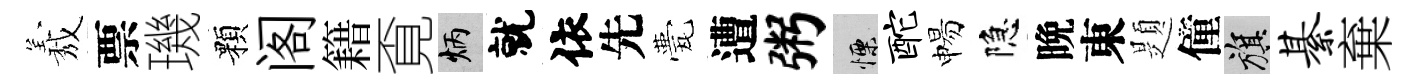
𦏁票璣顆阁籍覔炳就依先甍遭粥慄酡惕隐晩東題僮旗綦棄